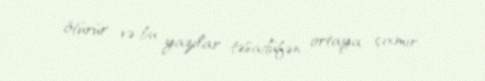
ötürür və bu yazılar təsadüfən ortaya çıxmır.